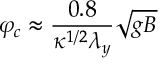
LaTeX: \varphi _ { c } \approx \frac { 0 . 8 } { \kappa ^ { 1 / 2 } \lambda _ { y } } \sqrt { g B }